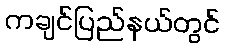
ကချင်ပြည်နယ်တွင်